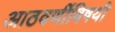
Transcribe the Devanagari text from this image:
आठवणींविषयी